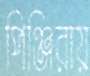
পিঞ্জিরায়